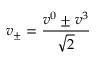
v _ { \pm } = \frac { v ^ { 0 } \pm v ^ { 3 } } { \sqrt { 2 } }